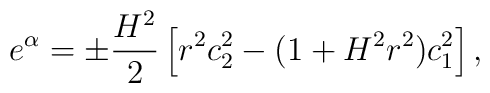
e^\alpha=\pm\frac{H^2}{2}\left[ r^2 c_2^2-(1+H^2r^2)c_1^2\right],